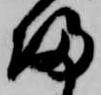
帰